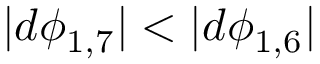
| d \phi _ { 1 , 7 } | < | d \phi _ { 1 , 6 } |